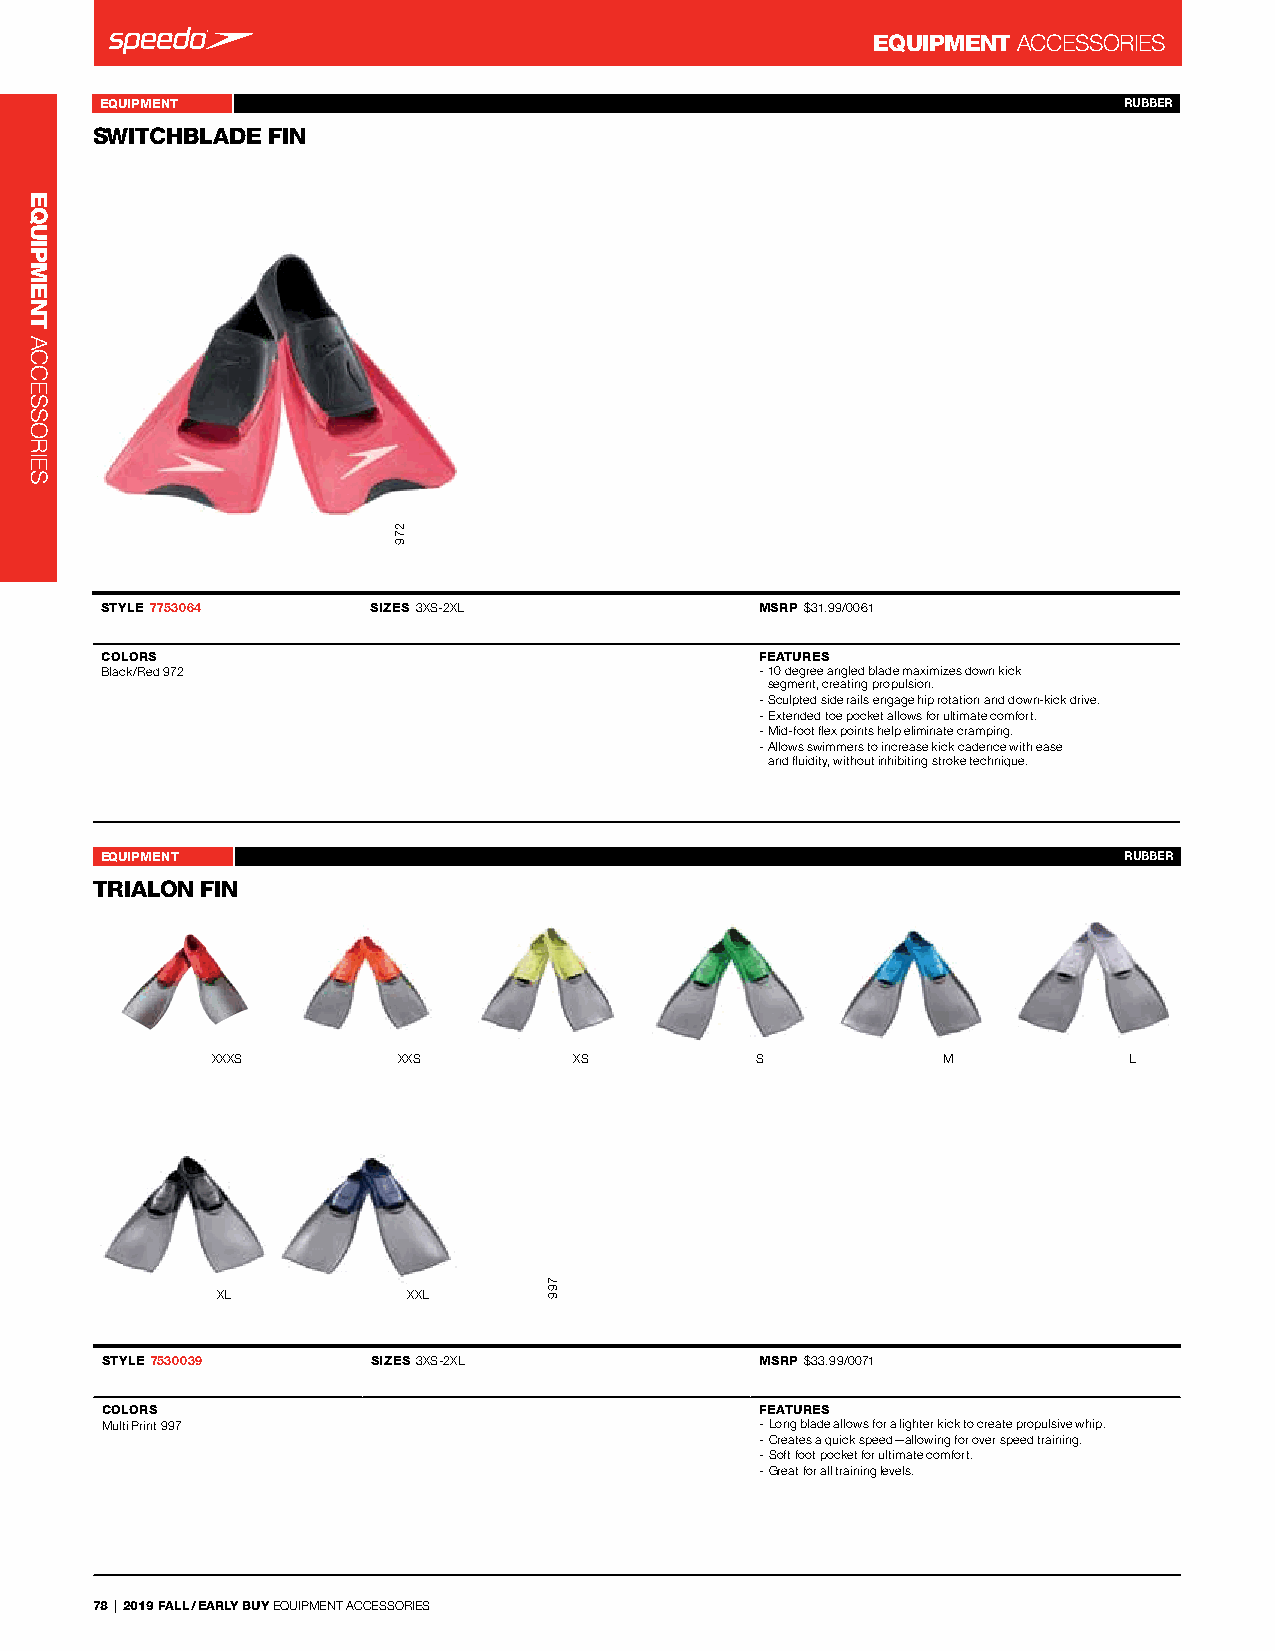
EQUIPMENT ACCessorIes
 EQUIPMENT                                              SWITCHBLADE FIN 7753064 RUBBER
 SWITCHBLADE FIN                 -
 STYLE 7753064     SIZES 3Xs-2Xl            MSRP $31.99/0061
 COLORS                                     FEATURES
 Black/red 972                              - 10 degree angled blade maximizes down kick
 segment, creating propulsion.
 - sculpted side rails engage hip rotation and down-kick drive.
 - extended toe pocket allows for ultimate comfort.
 - Mid-foot flex points help eliminate cramping.
 - Allows swimmers to increase kick cadence with ease
 and fluidity, without inhibiting stroke technique.
 EQUIPMENT                                                Trialon Fin 7530039 RUBBER
 TRIALON FIN                     -
 XXXs        XXs         Xs          s           M            l
 Xl           XXl
 STYLE 7530039     SIZES 3Xs-2Xl            MSRP $33.99/0071
 COLORS                                     FEATURES
 Multi Print 997                            - long blade allows for a lighter kick to create propulsive whip.
 - Creates a quick speed—allowing for over speed training.
 - soft foot pocket for ultimate comfort.
 - Great for all training levels.
 78 | 2019 FALL / EARLY BUY eQUIPMenT ACCessorIes
 EQUIPMENT
 ACCessorIes
 799
 279
 799